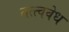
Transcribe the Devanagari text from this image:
तत्त्ववेध